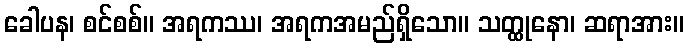
ခေါပန၊ စင်စစ်။ အရကဿ၊ အရကအမည်ရှိသော။ သတ္ထုနော၊ ဆရာအား။